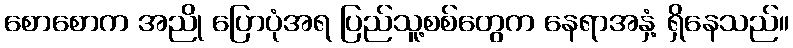
စောစောက အညို ပြောပုံအရ ပြည်သူ့စစ်တွေက နေရာအနှံ့ ရှိနေသည်။